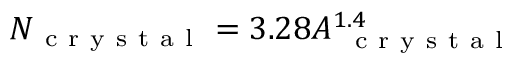
N _ { \mathrm { ~ c ~ r ~ y ~ s ~ t ~ a ~ l ~ } } = 3 . 2 8 A _ { \mathrm { ~ \mathrm { ~ c ~ r ~ y ~ s ~ t ~ a ~ l ~ } ~ } } ^ { 1 . 4 }